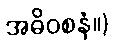
အဓိဝစနံ။)